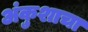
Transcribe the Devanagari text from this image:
अंकुशाचा